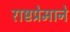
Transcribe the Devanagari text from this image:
राष्टप्रेमाने